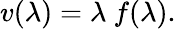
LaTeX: v(\lambda)=\lambda\ f(\lambda).